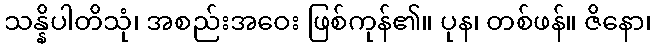
သန္နိပါတိသုံ၊ အစည်းအဝေး ဖြစ်ကုန်၏။ ပုန၊ တစ်ဖန်။ ဇိနော၊